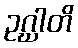
ဥဂ္ဃါတိ